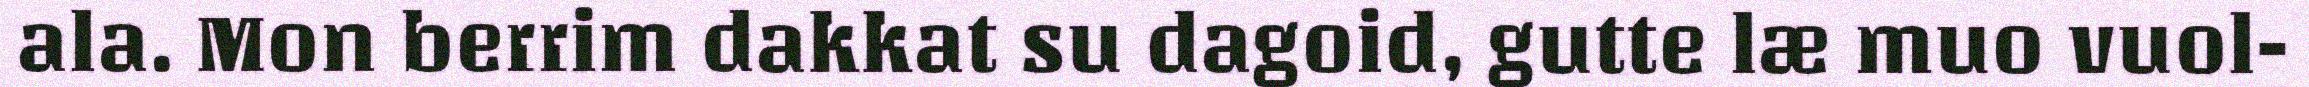
ala. Mon berrim dakkat su dagoid, gutte læ muo vuol-